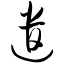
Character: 遣